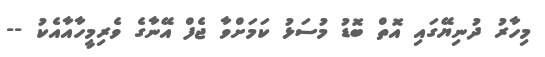
މިހާރު ދުނިޔޭގައި އޮތް ބޮޑު މުސަޅު ކަމަށްވާ ޖެފް އޭނާގެ ވެރިމީހާއާއެކު --